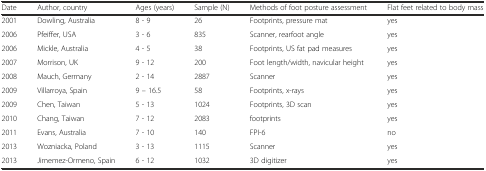
| Date | Author, country | Ages (years) | Sample (N) | Methods of foot posture assessment | Flat feet related to body mass |
 | --- | --- | --- | --- | --- | --- |
 | 2001 | Dowling, Australia | 8 - 9 | 26 | Footprints, pressure mat | yes |
 | 2006 | Pfeiffer, USA | 3 - 6 | 835 | Scanner, rearfoot angle | yes |
 | 2006 | Mickle, Australia | 4 - 5 | 38 | Footprints, US fat pad measures | yes |
 | 2007 | Morrison, UK | 9 - 12 | 200 | Foot length/width, navicular height | yes |
 | 2008 | Mauch, Germany | 2 - 14 | 2887 | Scanner | yes |
 | 2009 | Villarroya, Spain | 9 – 16.5 | 58 | Footprints, x-rays | yes |
 | 2009 | Chen, Taiwan | 5 - 13 | 1024 | Footprints, 3D scan | yes |
 | 2010 | Chang, Taiwan | 7 - 12 | 2083 | footprints | yes |
 | 2011 | Evans, Australia | 7 - 10 | 140 | FPI-6 | no |
 | 2013 | Wozniacka, Poland | 3 - 13 | 1115 | Scanner | yes |
 | 2013 | Jimemez-Ormeno, Spain | 6 - 12 | 1032 | 3D digitizer | yes |